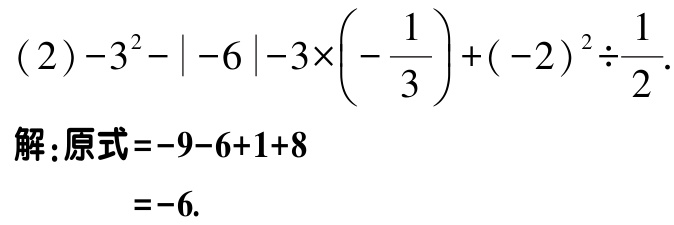
\((2)-3^{2}-\vert -6\vert -3\times\left(-\dfrac{1}{3}\right)+(-2)^{2}\div\dfrac{1}{2}.\)

解：原式\(=-9 - 6 + 1 + 8\)

\(=-6.\)